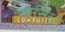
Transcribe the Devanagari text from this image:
रनसिंधे